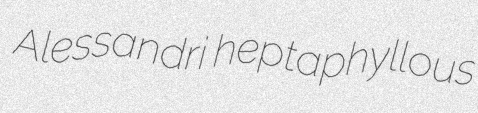
Alessandri heptaphyllous